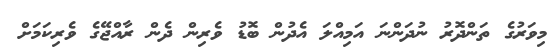
މިވަރުގެ ތަންދޮރު ނުދަންނަ އަމިއްލަ އެދުން ބޮޑު ވެރިން ދެން ރާއްޖޭގެ ވެރިކަމަށް